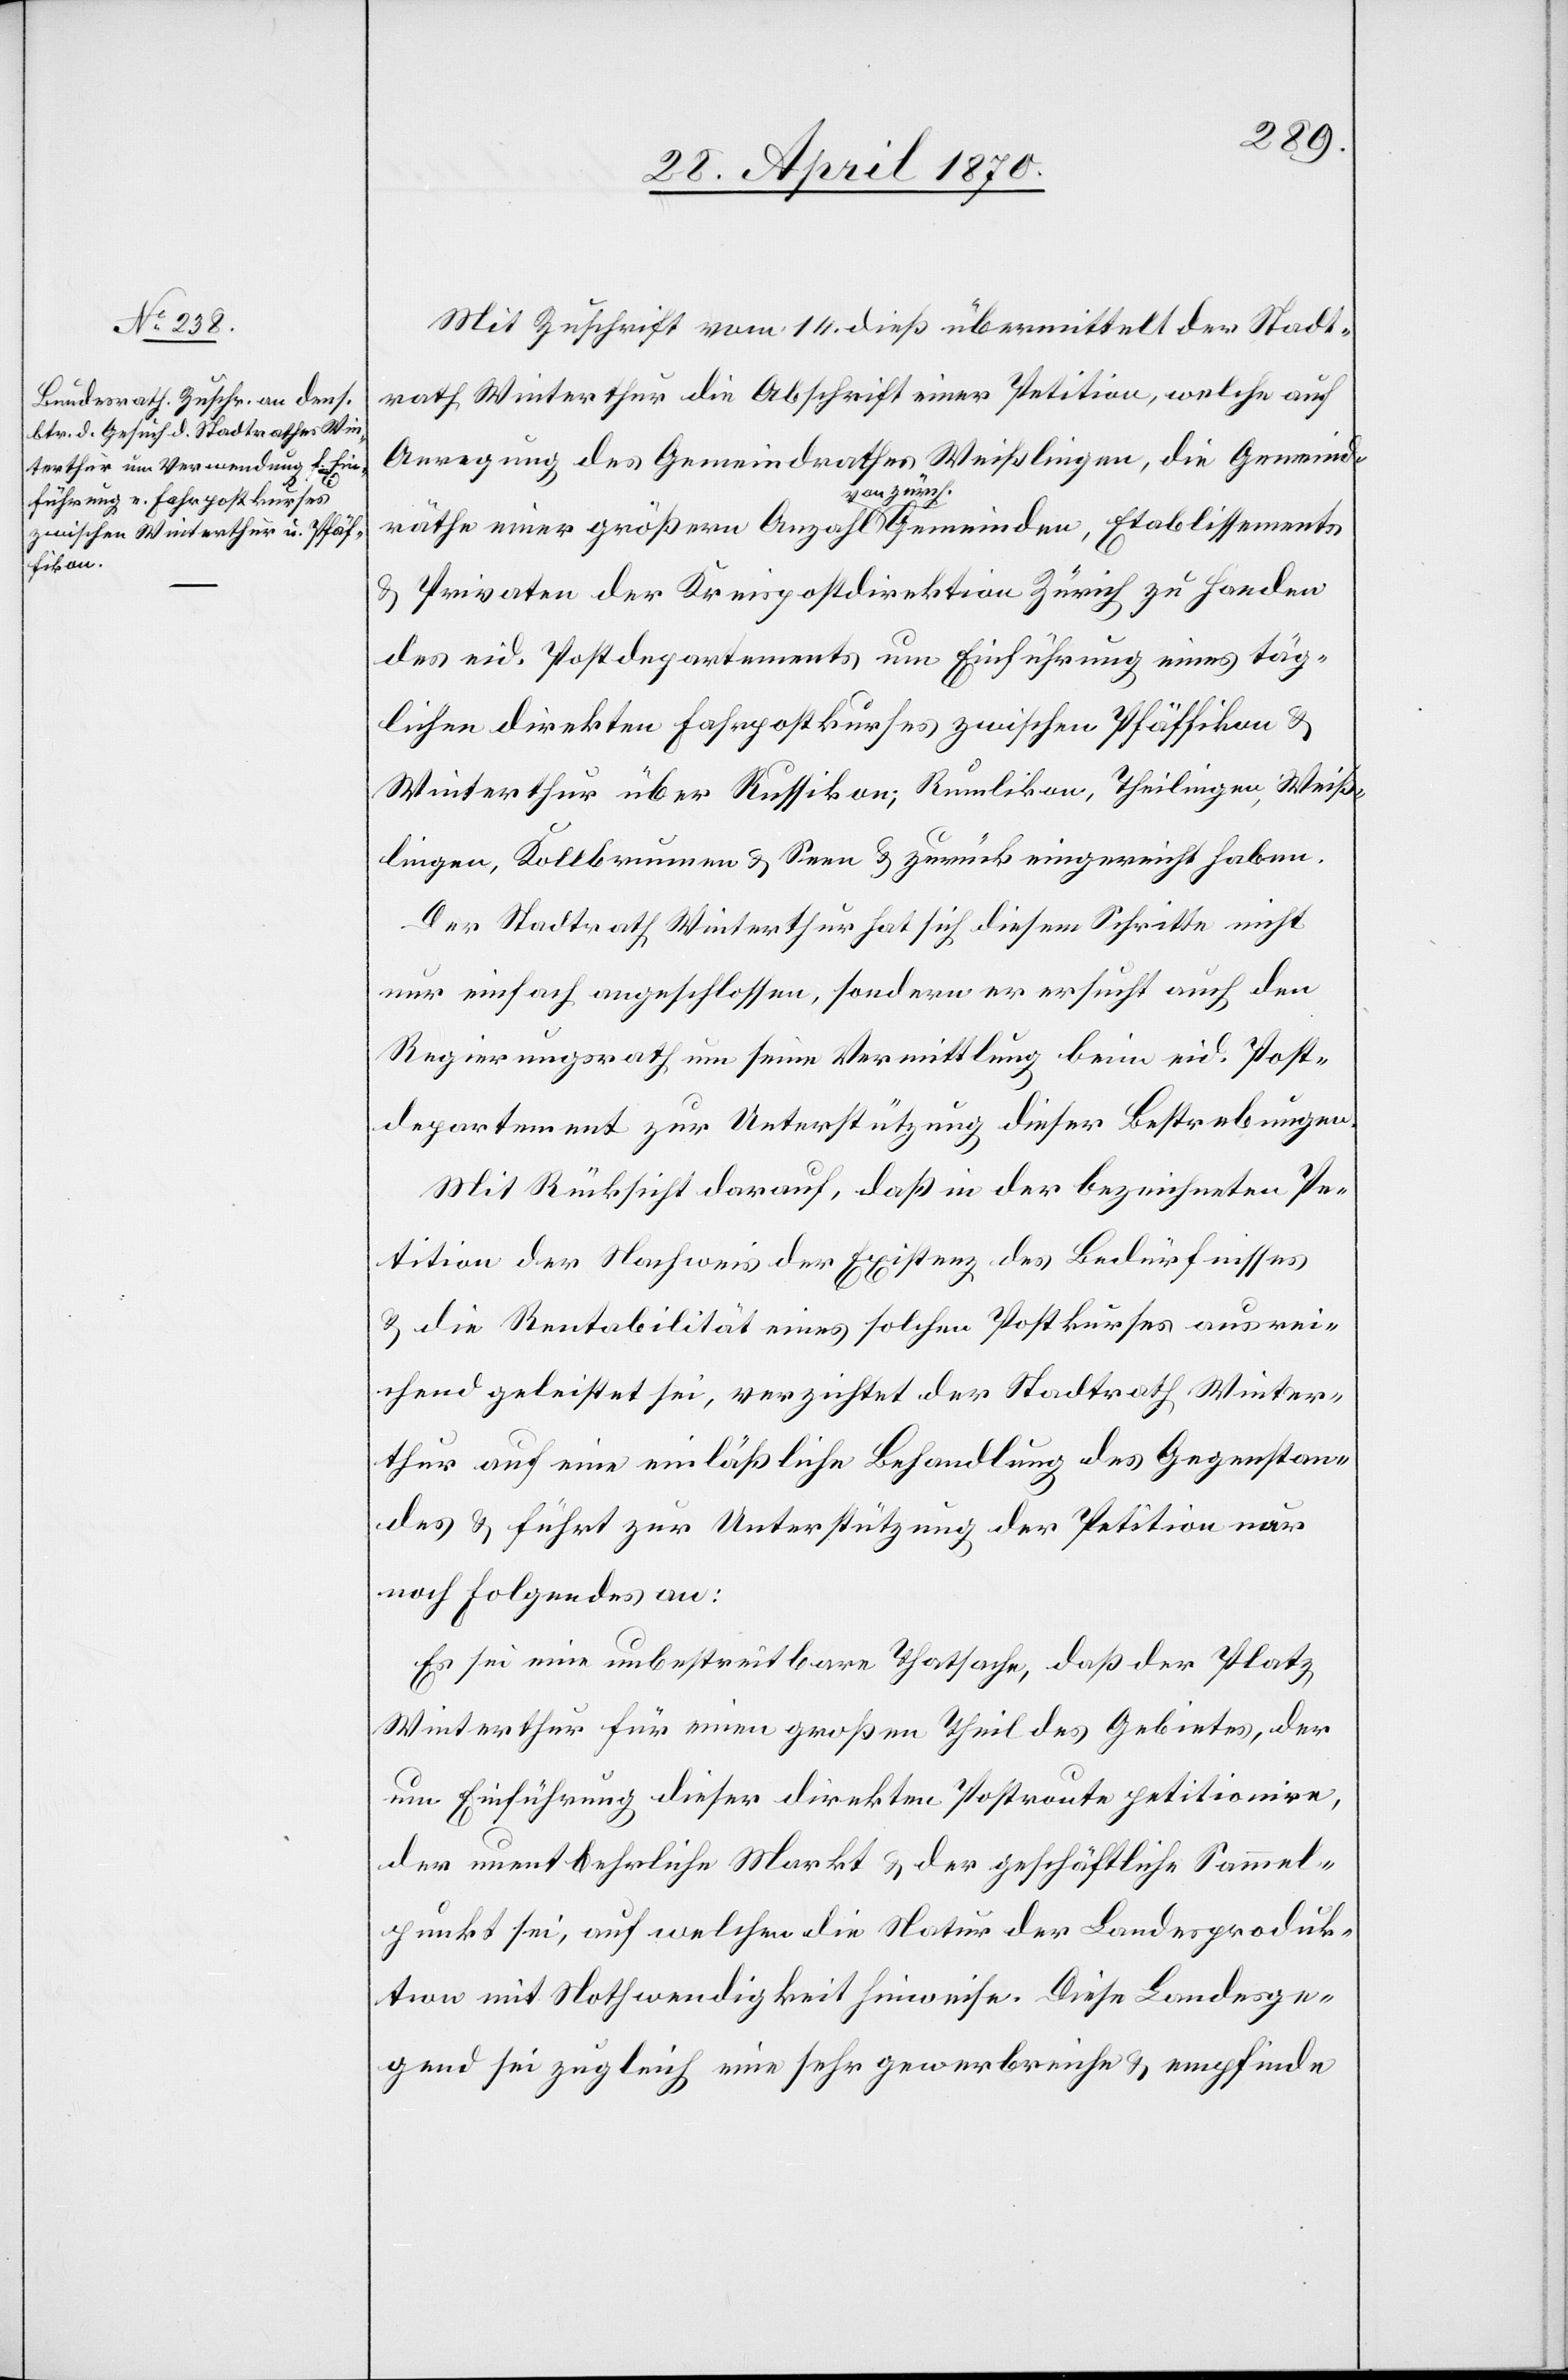
Mit Zuschrift vom 14. dieß übermittelt der Stadt¬
rath Winterthur die Abschrift einer Petition, welche auf
Anregung des Gemeindrathes Weißlingen, die Gemeind¬
räthe einer größern Anzahl a-von zürch.-a Gemeinden, Etablissements
Privaten der Kreispostdirektion Zürich zu Handen
des eid. Postdepartements um Einführung eines täg¬
lichen direkten Fahrpostkurses zwischen Pfäffikon &
Winterthur über Russikon, Rumlikon, Theilingen, Weiß¬
lingen, Kollbrunnen & Seen & zurück eingereicht haben.
Der Stadtrath Winterthur hat sich diesem Schritte nicht
nur einfach angeschlossen, sondern er ersucht auch den
Regierungsrath um seine Vermittlung beim eid. Post¬
departement zur Unterstützung dieser Bestrebungen.
Mit Rücksicht darauf, daß in der bezeichneten Pe¬
tition der Nachweis der Existenz des Bedürfnisses
& die Rentabilität eines solchen Postkurses ausrei¬
chend geleistet sei, verzichtet der Stadtrath Winter¬
thur auf eine einläßliche Behandlung des Gegenstan¬
des & führt zur Unterstützung der Petition nur
noch Folgendes an:
Es sei eine unbestreitbare Thatsache, daß der Platz
Winterthur für einen großen Theil des Gebietes, der
um Einführung dieser direkten Postroute petitionire,
der unentbehrliche Markt & der geschäftliche Sammel¬
punkt sei, auf welchen die Natur der Landesproduk¬
tion mit Nothwendigkeit hinweise. Diese Landesge¬
gend sei zugleich eine sehr gewerbreiche & empfinde